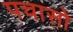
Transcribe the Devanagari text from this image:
पचासो